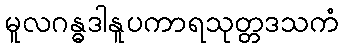
မူလဂန္ဓဒါနူပကာရသုတ္တဒသကံ